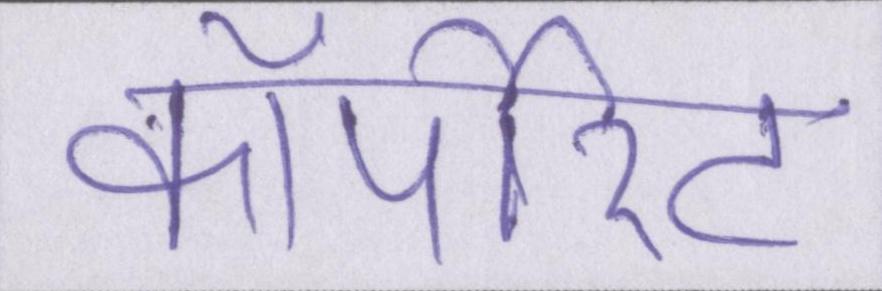
कॉर्पोरेट